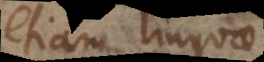
etiam linguae